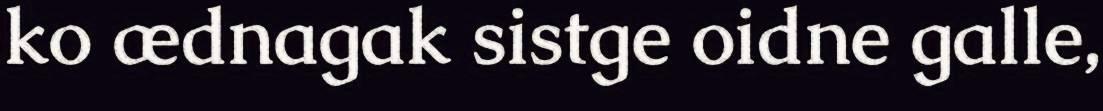
ko ædnagak sistge oidne galle,